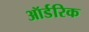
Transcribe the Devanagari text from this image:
ऑर्डरिक